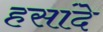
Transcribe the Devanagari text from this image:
हसांदे